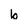
Character: b